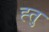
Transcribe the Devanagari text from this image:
ह्तु